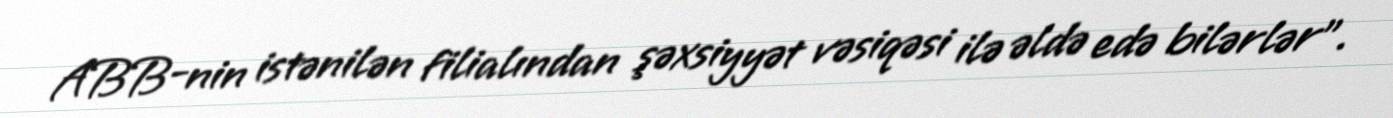
ABB-nin istənilən filialından şəxsiyyət vəsiqəsi ilə əldə edə bilərlər”.